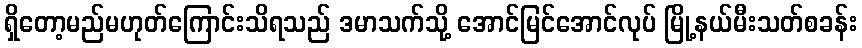
ရှိတော့မည်မဟုတ်ကြောင်းသိရသည် ဒမာသက်သို့ အောင်မြင်အောင်လုပ် မြို့နယ်မီးသတ်စခန်း